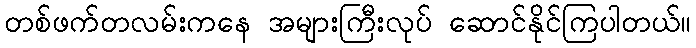
တစ်ဖက်တလမ်းကနေ အများကြီးလုပ် ဆောင်နိုင်ကြပါတယ်။